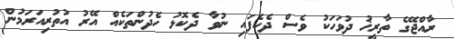
ރާއްޖޭގެ ތާރީޚު ދުވަހަކު ވެސް ދެކެފައި ނުވާ ދެކޮޅު ހެދުންތަކެއް އޭރު އުތުރިއަރަމުން